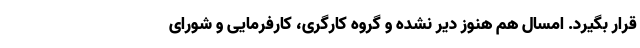
قرار بگیرد. امسال هم هنوز دیر نشده و گروه کارگری، کارفرمایی و شورای